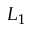
L _ { 1 }